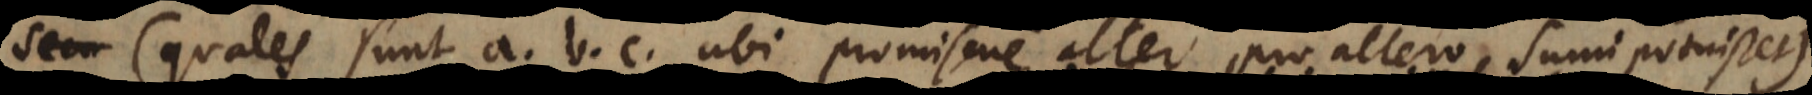
s (quales sunt a, b, c, ubi promiscue alter pro altero sumi potuisset)